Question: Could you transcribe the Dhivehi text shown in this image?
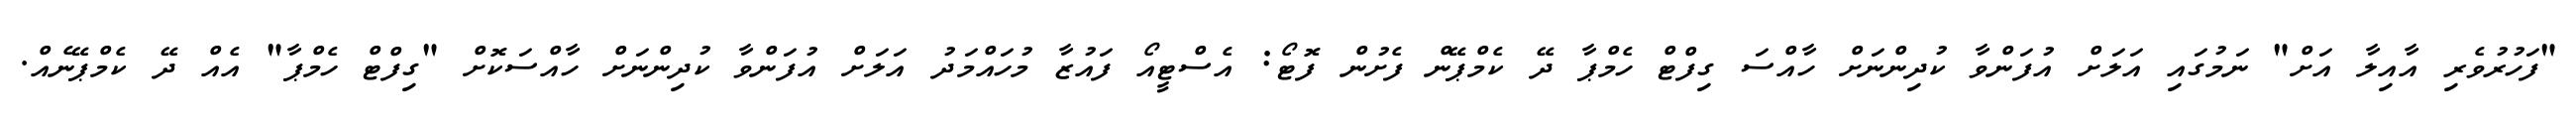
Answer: "ފަހުރުވެރި އާއިލާ އަށް" ނަމުގައި އަލަށް އުފަންވާ ކުދިންނަށް ހާއްސަ ގިފްޓް ހެމްޕާ ދޭ ކެމްޕޭން ފެށުން ފޮޓޯ: އެސްޓީއޯ ފައުޒާ މުހައްމަދު އަލަށް އުފަންވާ ކުދިންނަށް ހާއްސަކޮށް "ގިފްޓް ހެމްޕާ" އެއް ދޭ ކެމްޕޭނެއް.